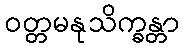
ဝတ္တမနုသိက္ခန္တာ